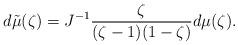
LaTeX: \begin{align*} d \tilde{\mu} (\zeta) = J^{-1} \frac{\zeta}{(\zeta-1)(1-\zeta)} d \mu(\zeta).\end{align*}